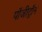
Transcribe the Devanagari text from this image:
पॉजीट्रॉन